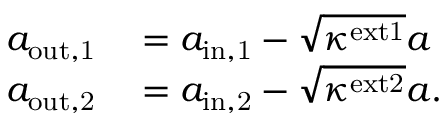
\begin{array} { r l } { a _ { \mathrm { o u t , 1 } } } & { { } = a _ { \mathrm { i n , 1 } } - \sqrt { \kappa ^ { \mathrm { e x t 1 } } } a } \\ { a _ { \mathrm { o u t , 2 } } } & { { } = a _ { \mathrm { i n , 2 } } - \sqrt { \kappa ^ { \mathrm { e x t 2 } } } a . } \end{array}